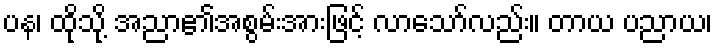
ပန၊ ထိုသို့ အညာ၏အစွမ်းအားဖြင့် လာသော်လည်း။ တာယ ပညာယ၊